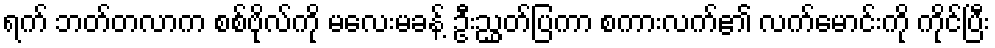
ရက် ဘတ်တလာက စစ်ဗိုလ်ကို မလေးမခန့် ဦးညွှတ်ပြကာ စကားလက်၏ လက်မောင်းကို ကိုင်ပြီး